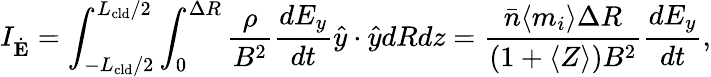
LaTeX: I_{\dot{\mathbf{E}}}=\int_{-L_{\mathrm{cld}}/2}^{L_{\mathrm{cld}}/2}\int_{0}^{\Delta R}\frac{\rho}{B^{2}}\frac{dE_{y}}{dt}\hat{y}\cdot\hat{y}dRdz=\frac{\bar{n}\langle m_{i}\rangle\Delta R}{(1+\langle Z\rangle)B^{2}}\frac{dE_{y}}{dt},